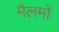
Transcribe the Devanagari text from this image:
मैलमों